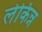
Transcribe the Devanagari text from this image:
लेकिन्न